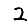
Digit: 2